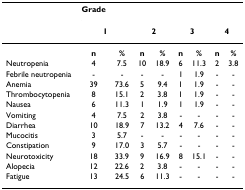
<table><thead><tr><td></td><td><b>Grade</b></td><td></td><td></td><td></td><td></td><td></td><td></td><td></td></tr><tr><td></td><td colspan="2"><b>1</b></td><td colspan="2"><b>2</b></td><td colspan="2"><b>3</b></td><td colspan="2"><b>4</b></td></tr></thead><tbody><tr><td></td><td><b>n</b></td><td><b>%</b></td><td><b>n</b></td><td><b>%</b></td><td><b>n</b></td><td><b>%</b></td><td><b>n</b></td><td><b>%</b></td></tr><tr><td>Neutropenia</td><td>4</td><td>7.5</td><td>10</td><td>18.9</td><td>6</td><td>11.3</td><td>2</td><td>3.8</td></tr><tr><td>Febrile neutropenia</td><td>-</td><td>-</td><td>-</td><td>-</td><td>1</td><td>1.9</td><td>-</td><td>-</td></tr><tr><td>Anemia</td><td>39</td><td>73.6</td><td>5</td><td>9.4</td><td>1</td><td>1.9</td><td>-</td><td>-</td></tr><tr><td>Thrombocytopenia</td><td>8</td><td>15.1</td><td>2</td><td>3.8</td><td>1</td><td>1.9</td><td>-</td><td>-</td></tr><tr><td>Nausea</td><td>6</td><td>11.3</td><td>1</td><td>1.9</td><td>1</td><td>1.9</td><td>-</td><td>-</td></tr><tr><td>Vomiting</td><td>4</td><td>7.5</td><td>2</td><td>3.8</td><td>-</td><td>-</td><td>-</td><td>-</td></tr><tr><td>Diarrhea</td><td>10</td><td>18.9</td><td>7</td><td>13.2</td><td>4</td><td>7.6</td><td>-</td><td>-</td></tr><tr><td>Mucocitis</td><td>3</td><td>5.7</td><td>-</td><td>-</td><td>-</td><td>-</td><td>-</td><td>-</td></tr><tr><td>Constipation</td><td>9</td><td>17.0</td><td>3</td><td>5.7</td><td>-</td><td>-</td><td>-</td><td>-</td></tr><tr><td>Neurotoxicity</td><td>18</td><td>33.9</td><td>9</td><td>16.9</td><td>8</td><td>15.1</td><td>-</td><td>-</td></tr><tr><td>Alopecia</td><td>12</td><td>22.6</td><td>2</td><td>3.8</td><td>-</td><td>-</td><td>-</td><td>-</td></tr><tr><td>Fatigue</td><td>13</td><td>24.5</td><td>6</td><td>11.3</td><td>-</td><td>-</td><td>-</td><td>-</td></tr></tbody></table>